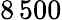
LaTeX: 8\, 500